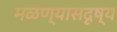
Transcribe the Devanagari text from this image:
मळण्यासदृष्य